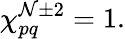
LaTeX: \chi_{pq}^{\mathcal{N}\pm2}=1.